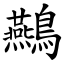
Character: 䴏